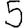
Digit: 5